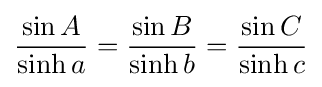
{\frac {\sin A}{\sinh a}}={\frac {\sin B}{\sinh b}}={\frac {\sin C}{\sinh c}}